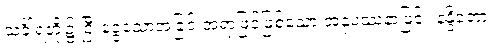
သင်္ခါရတို့၌ ငြီးငွေ့သောအခြင်းအရာဖြင့်ဖြစ်သော အနုပဿနာဖြင့်။ နန္ဒိတော၊